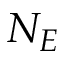
N _ { E }